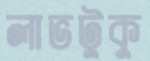
লাভটুকু